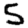
Digit: 5